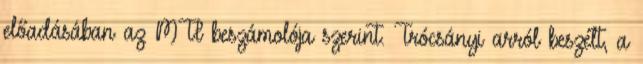
előadásában az MTI beszámolója szerint. Trócsányi arról beszélt, a